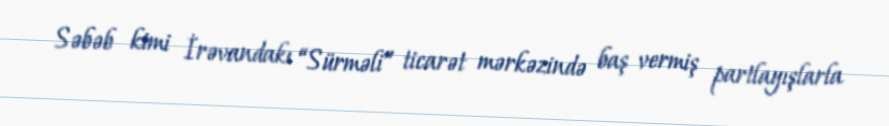
Səbəb kimi İrəvandakı “Sürməli” ticarət mərkəzində baş vermiş partlayışlarla